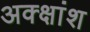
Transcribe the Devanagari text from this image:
अक्क्षांश